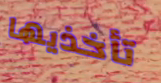
تأخذيها